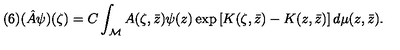
( 6 ) ( \hat { A } \psi ) ( \zeta ) = C \int _ { \cal M } A ( \zeta , \bar { z } ) \psi ( z ) \exp \left[ K ( \zeta , \bar { z } ) - K ( z , \bar { z } ) \right] d \mu ( z , \bar { z } ) .